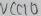
Text: RTS#